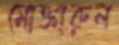
মোক্তারুল